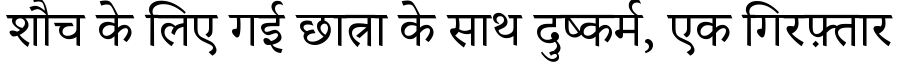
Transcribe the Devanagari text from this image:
शौच के लिए गई छात्रा के साथ दुष्कर्म, एक गिरफ़्तार